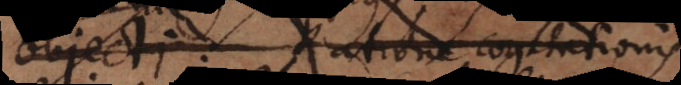
objecti. Ratione cogitationis